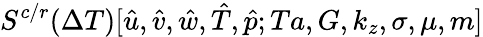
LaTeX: S^{c/r}(\Delta T)[\hat{u},\hat{v},\hat{w},\hat{T},\hat{p};Ta,G,k_{z},\sigma,\mu,m]